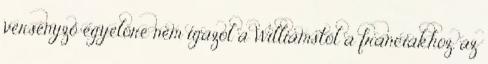
versenyző egyelőre nem igazol a Williamstől a franciákhoz, az